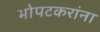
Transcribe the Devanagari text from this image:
भोपटकरांना